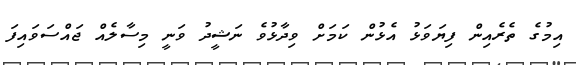
އިމުގެ ތެރެއިން ފިޔަވަޅު އެޅުން ކަމަށް ވިދާޅުވެ ނަޝީދު ވަނީ މިސާލެއް ޖައްސަވައިފަ